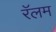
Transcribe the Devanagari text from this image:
रॅलम